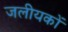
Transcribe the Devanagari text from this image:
जलीयकों